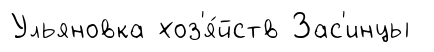
Ульяновка хоз'я́йств Зас'инцы